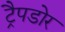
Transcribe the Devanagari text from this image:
ट्रैपडोर